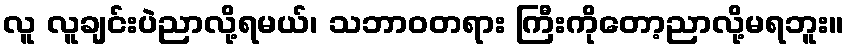
လူ လူချင်းပဲညာလို့ရမယ်၊ သဘာဝတရား ကြီးကိုတော့ညာလို့မရဘူး။